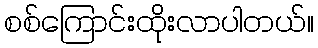
စစ်ကြောင်းထိုးလာပါတယ်။